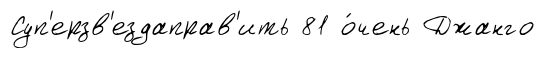
Суп'ерзв'ездаправ'ить 81 о́чень Джанго